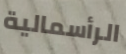
الرأسمالية